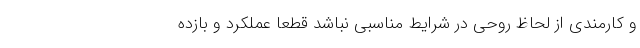
و کارمندی از لحاظ روحی در شرایط مناسبی نباشد قطعا عملکرد و بازده